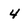
Character: 4